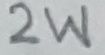
Text: 2W